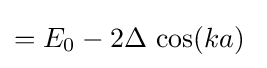
=E_{0}-2\Delta \,\cos(ka)\